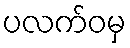
ပလက်ဝမှ